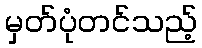
မှတ်ပုံတင်သည့်